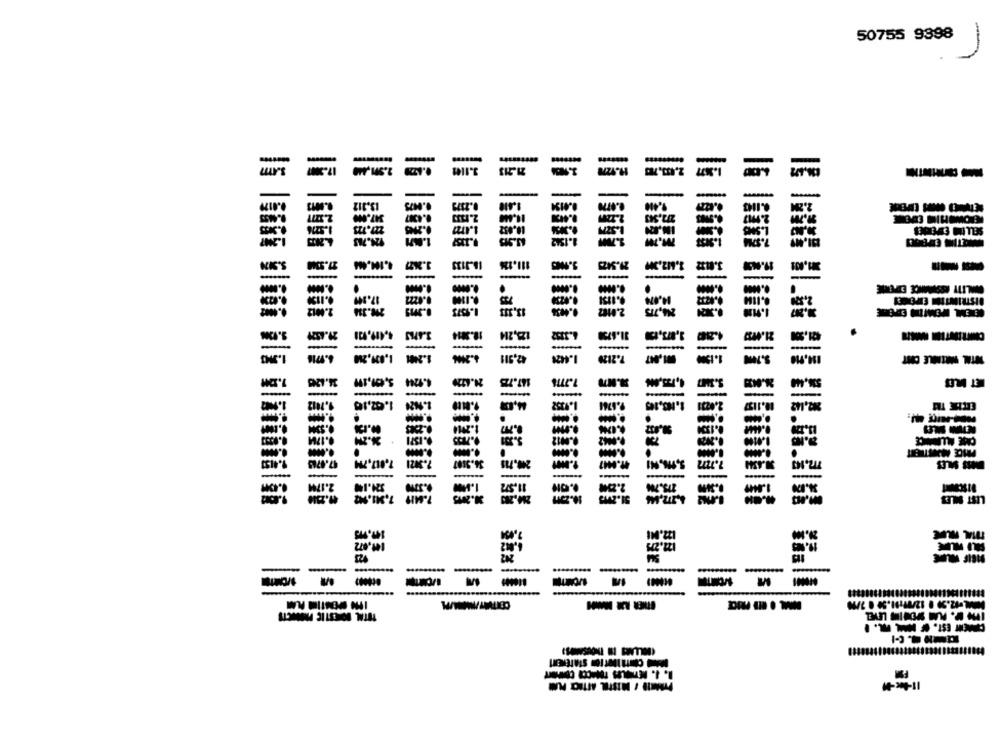
50755 9398
-
-
3.110
-
-
-
-
2.22
CHEZ
is'u
2K
--
23,2M
urt
us'ı
-
-
.....
-
-